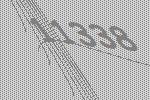
11338